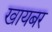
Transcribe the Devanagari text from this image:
खायबर